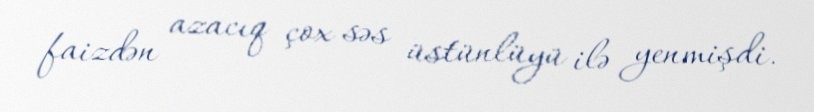
faizdən azacıq çox səs üstünlüyü ilə yenmişdi.